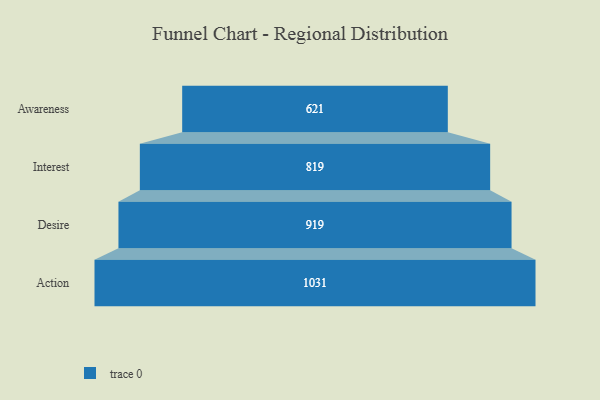
{"axis": {"x": "Stage", "y": "Value"}, "legend": [""], "data": [{"x": "Awareness", "y": 621.0, "type": ""}, {"x": "Interest", "y": 819.0, "type": ""}, {"x": "Desire", "y": 919.0, "type": ""}, {"x": "Action", "y": 1031.0, "type": ""}]}